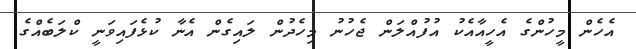
އެހެން މީހުންގެ އެހީއާއެކު އުފުއްލަން ޖެހުނު މިހެދުން ލައިގެން އެނާ ކުޅެފައިވަނީ ކްލަބެއްގެ